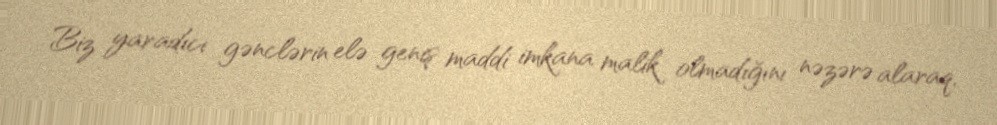
Biz yaradıcı gənclərin elə geniş maddi imkana malik olmadığını nəzərə alaraq,